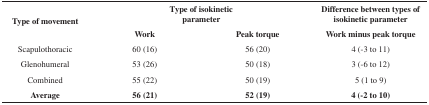
<table><thead><tr><td rowspan="2"><b> Type of movement</b></td><td colspan="2"><b> Type of isokineticparameter</b></td><td><b> Difference between types ofisokinetic parameter</b></td></tr><tr><td><b> Work</b></td><td><b> Peak torque</b></td><td><b> Work minus peak torque</b></td></tr></thead><tbody><tr><td> Scapulothoracic</td><td> 60 (16)</td><td> 56 (20)</td><td> 4 (-3 to 11)</td></tr><tr><td> Glenohumeral</td><td> 53 (26)</td><td> 50 (18)</td><td> 3 (-6 to 12)</td></tr><tr><td> Combined</td><td> 55 (22)</td><td> 50 (19)</td><td> 5 (1 to 9)</td></tr><tr><td><b>Average</b></td><td><b>56 (21)</b></td><td><b>52 (19)</b></td><td><b>4 (-2 to 10)</b></td></tr></tbody></table>